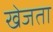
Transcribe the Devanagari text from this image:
खेजता